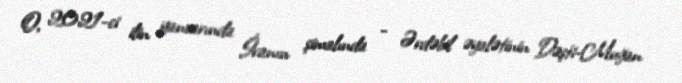
O, 2021-ci ilin yanvarında İranın şimalında - Ərdəbil əyalətinin Dəşti-Muğan